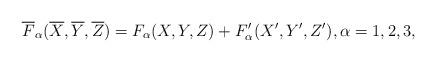
LaTeX: \begin{align*}\overline F_\alpha (\overline X,\overline Y,\overline Z)=F_\alpha (X,Y,Z)+F_\alpha ^\prime (X^\prime ,Y^\prime ,Z^\prime ) , \alpha =1,2,3 ,\end{align*}